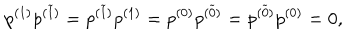
p ^ { ( 1 ) } p ^ { ( \widetilde { 1 } ) } = p ^ { ( \widetilde { 1 } ) } p ^ { ( 1 ) } = p ^ { ( 0 ) } p ^ { ( \widetilde { 0 } ) } = p ^ { ( \widetilde { 0 } ) } p ^ { ( 0 ) } = 0 ,